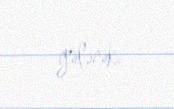
gələcək.